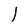
Character: I